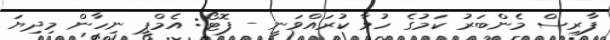
ފާރިސް މެންބަރު ކަމުގެ ހުވާ ކުރައްވަނީ - ފޮޓޯ: އެމްޕީ ނިހާން މިދިޔަ